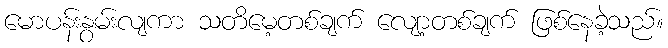
မောပန်းနွမ်းလျကာ သတိမေ့တစ်ချက် လျော့တစ်ချက် ဖြစ်နေခဲ့သည်။